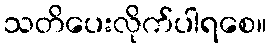
သတိပေးလိုက်ပါရစေ။